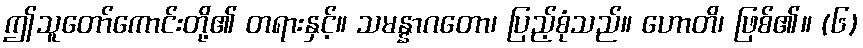
ဤသူတော်ကောင်းတို့၏ တရားနှင့်။ သမန္နာဂတော၊ ပြည့်စုံသည်။ ဟောတိ၊ ဖြစ်၏။ (၆)